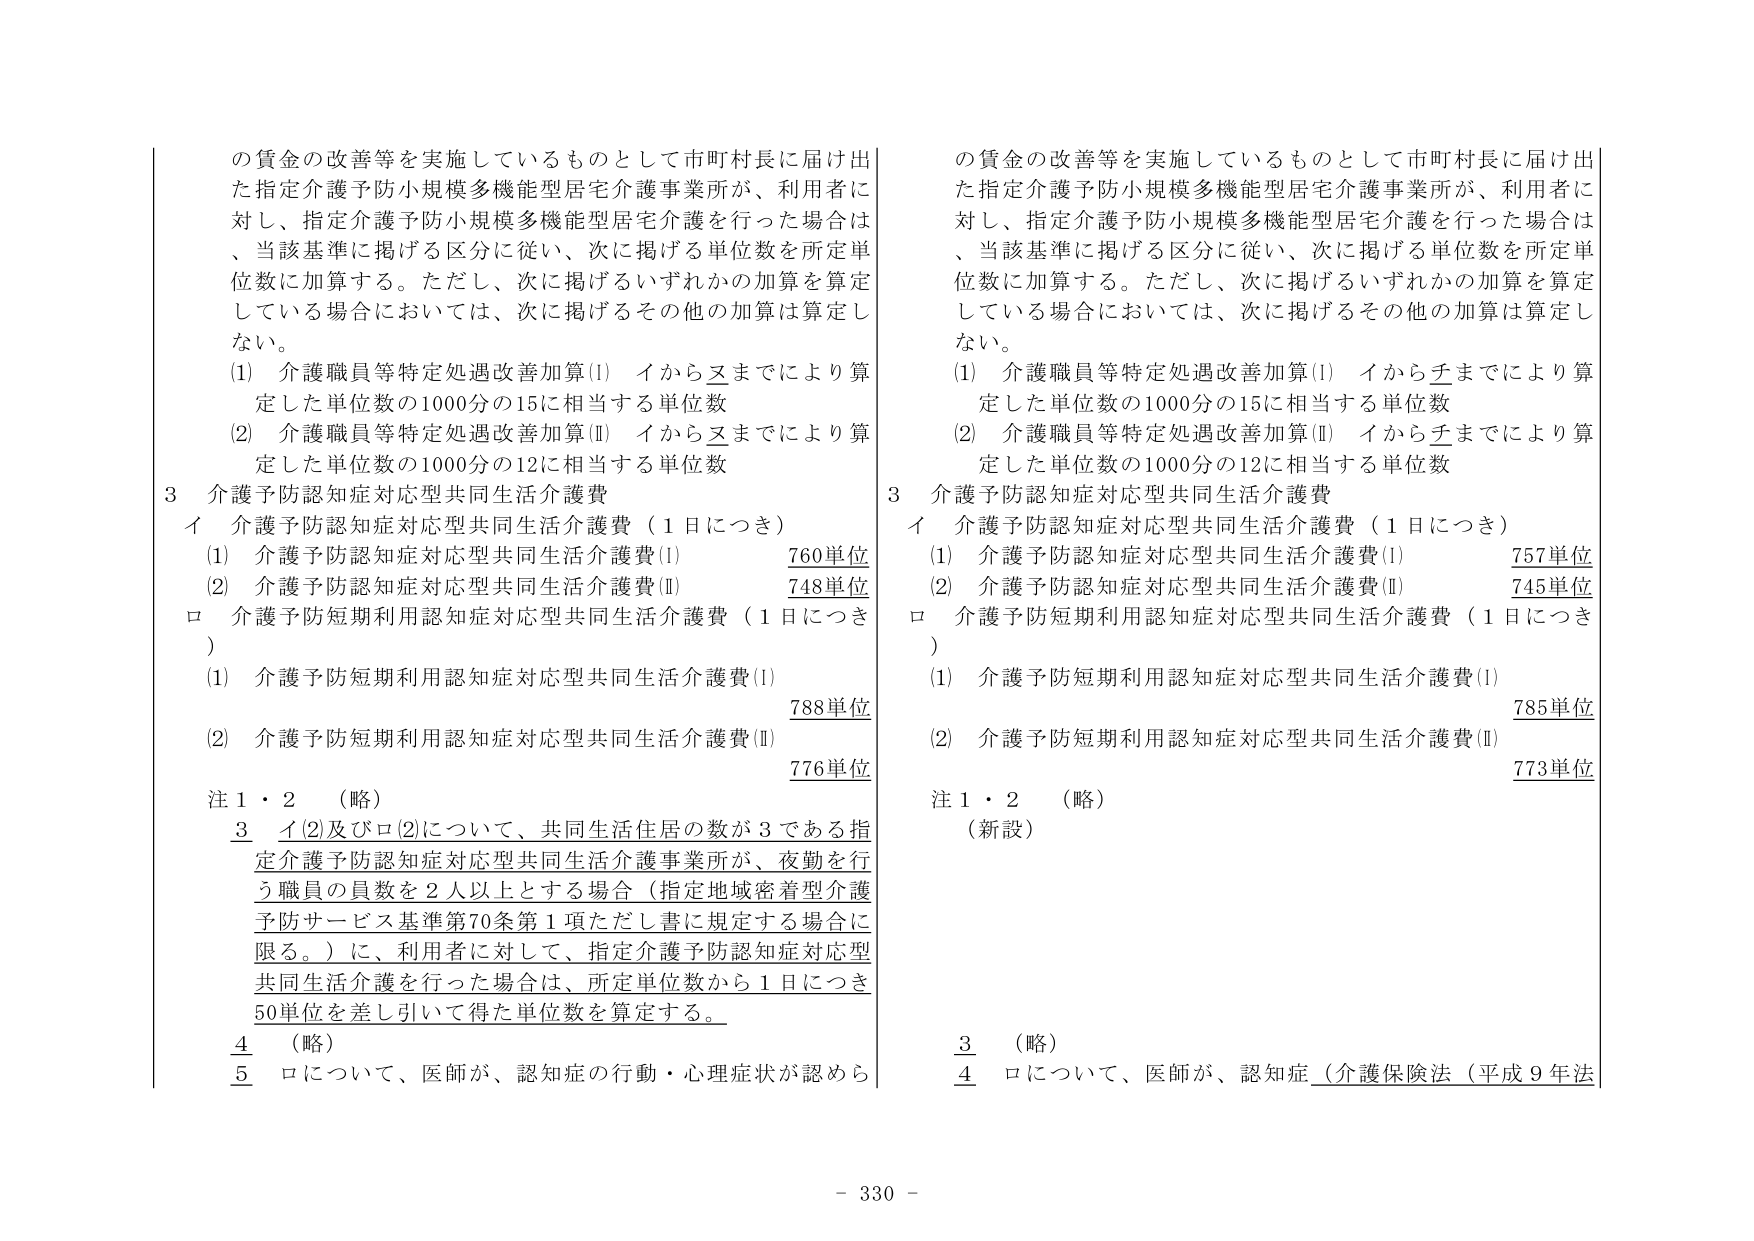
の賃金の改善等を実施しているものとして市町村長に届け出た指定介護予防小規模多機能型居宅介護事業所が、利用者に対し、指定介護予防小規模多機能型居宅介護を行った場合は、当該基準に掲げる区分に従い、次に掲げる単位数を所定単位数に加算する。ただし、次に掲げるいずれかの加算を算定している場合においては、次に掲げるその他の加算は算定しない。

(1) 介護職員等特定処遇改善加算(I) イからヌまでにより算定した単位数の1000分の15に相当する単位数
(2) 介護職員等特定処遇改善加算(II) イからヌまでにより算定した単位数の1000分の12に相当する単位数

3 介護予防認知症対応型共同生活介護費
イ 介護予防認知症対応型共同生活介護費（1日につき）
(1) 介護予防認知症対応型共同生活介護費(I) 760単位
(2) 介護予防認知症対応型共同生活介護費(II) 748単位
ロ 介護予防短期利用認知症対応型共同生活介護費（1日につき）
(1) 介護予防短期利用認知症対応型共同生活介護費(I) 788単位
(2) 介護予防短期利用認知症対応型共同生活介護費(II) 776単位

注1・2 （略）
3 イ(2)及びロ(2)について、共同生活住居の数が3である指定介護予防認知症対応型共同生活介護事業所が、夜勤を行う職員の員数を2人以上とする場合（指定地域密着型介護予防サービス基準第70条第1項ただし書に規定する場合に限る。）に、利用者に対して、指定介護予防認知症対応型共同生活介護を行った場合は、所定単位数から1日につき50単位を差し引いて得た単位数を算定する。
4 （略）
5 ロについて、医師が、認知症の行動・心理症状が認めら

の賃金の改善等を実施しているものとして市町村長に届け出た指定介護予防小規模多機能型居宅介護事業所が、利用者に対し、指定介護予防小規模多機能型居宅介護を行った場合は、当該基準に掲げる区分に従い、次に掲げる単位数を所定単位数に加算する。ただし、次に掲げるいずれかの加算を算定している場合においては、次に掲げるその他の加算は算定しない。

(1) 介護職員等特定処遇改善加算(I) イからチまでにより算定した単位数の1000分の15に相当する単位数
(2) 介護職員等特定処遇改善加算(II) イからチまでにより算定した単位数の1000分の12に相当する単位数

3 介護予防認知症対応型共同生活介護費
イ 介護予防認知症対応型共同生活介護費（1日につき）
(1) 介護予防認知症対応型共同生活介護費(I) 757単位
(2) 介護予防認知症対応型共同生活介護費(II) 745単位
ロ 介護予防短期利用認知症対応型共同生活介護費（1日につき）
(1) 介護予防短期利用認知症対応型共同生活介護費(I) 785単位
(2) 介護予防短期利用認知症対応型共同生活介護費(II) 773単位

注1・2 （略）
（新設）
3 （略）
4 ロについて、医師が、認知症（介護保険法（平成9年法

- 330 -